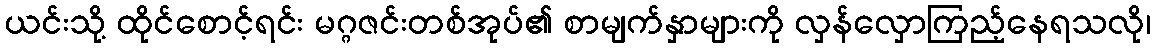
ယင်းသို့ ထိုင်စောင့်ရင်း မဂ္ဂဇင်းတစ်အုပ်၏ စာမျက်နှာများကို လှန်လှောကြည့်နေရသလို၊